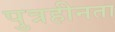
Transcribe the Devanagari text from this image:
पुत्रहीनता